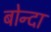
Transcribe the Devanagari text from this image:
बोन्‍दा